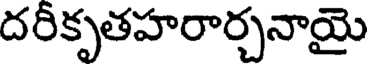
దరీకృతహరార్చనాయై